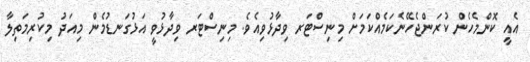
އެއީ ކޮންމެހެން ކުރަންޖެހޭނެކަމެއްކަމަށް މިނިސްޓަރ ވިދާޅުވިއެވެ. މިނިސްޓަރ ވިދާޅުވީ އަޅުގަނޑުމެން މިއަދު މިކުރިމަތިލާ